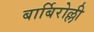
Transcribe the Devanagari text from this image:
बार्बिरोल्ली